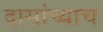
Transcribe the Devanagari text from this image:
दासांच्याच